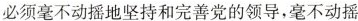
必须毫不动摇地坚持和完善党的领导，毫不动摇